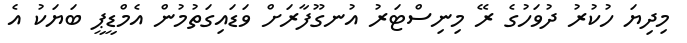
މިދިޔަ ހުކުރު ދުވަހުގެ ރޭ މިނިސްޓަރު އުނގޫފާރަށް ވަޑައިގަތުމުން އެމްޑީޕީ ބަޔަކު އެ